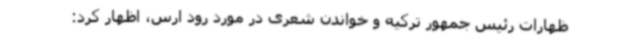
ظهارات رئیس جمهور ترکیه و خواندن شعری در مورد رود ارس، اظهار کرد: